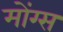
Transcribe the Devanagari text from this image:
मोंग्स